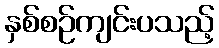
နှစ်စဉ်ကျင်းပသည့်